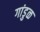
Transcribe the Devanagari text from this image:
गांडुळ